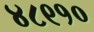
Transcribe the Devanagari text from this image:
४८९१०